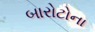
બારોટોના